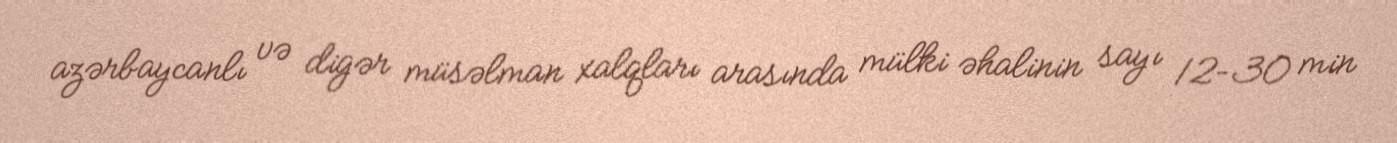
azərbaycanlı və digər müsəlman xalqları arasında mülki əhalinin sayı 12–30 min